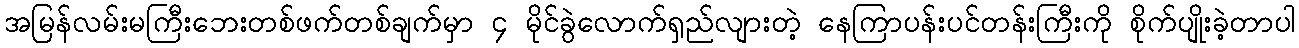
အမြန်လမ်းမကြီးဘေးတစ်ဖက်တစ်ချက်မှာ ၄ မိုင်ခွဲလောက်ရှည်လျားတဲ့ နေကြာပန်းပင်တန်းကြီးကို စိုက်ပျိုးခဲ့တာပါ